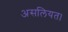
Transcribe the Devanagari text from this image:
असलियत।